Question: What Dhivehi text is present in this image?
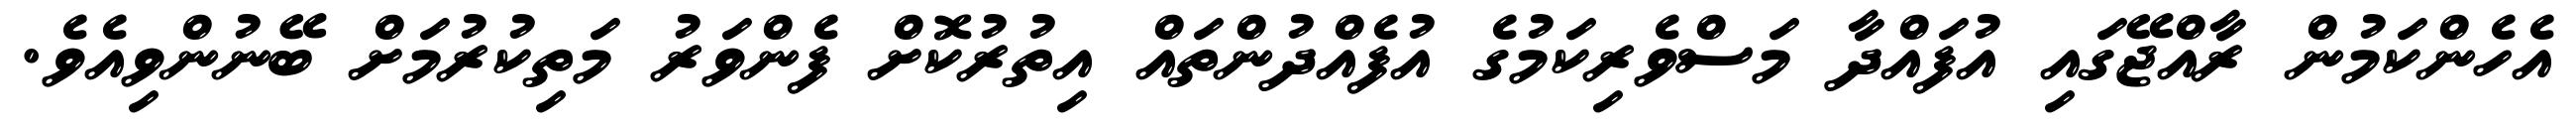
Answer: އެހެންކަމުން ރާއްޖޭގައި އުފައްދާ މަސްވެރިކަމުގެ އުފެއްދުންތައް އިތުރުކޮށް ފެންވަރު މަތިކުރުމަށް ބޭނުންވިއެވެ.